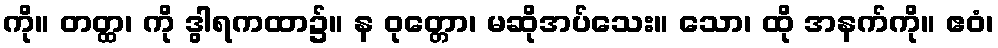
ကို။ တတ္ထ၊ ကို ဒွါရကထာ၌။ န ဝုတ္တော၊ မဆိုအပ်သေး။ သော၊ ထို အနက်ကို။ ဧဝံ၊